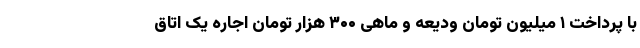
با پرداخت ۱ میلیون تومان ودیعه و ماهی ۳۰۰ هزار تومان اجاره یک اتاق